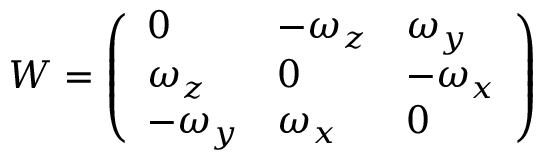
W = { \left( \begin{array} { l l l } { 0 } & { - \omega _ { z } } & { \omega _ { y } } \\ { \omega _ { z } } & { 0 } & { - \omega _ { x } } \\ { - \omega _ { y } } & { \omega _ { x } } & { 0 } \end{array} \right) }